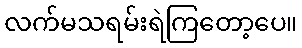
လက်မသရမ်းရဲကြတော့ပေ။